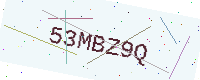
Text: 53MBZ9Q